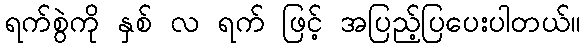
ရက်စွဲကို နှစ် လ ရက် ဖြင့် အပြည့်ပြပေးပါတယ်။